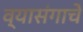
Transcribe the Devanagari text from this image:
व्यासंगाचे